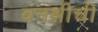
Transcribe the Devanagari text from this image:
वनश्रीची